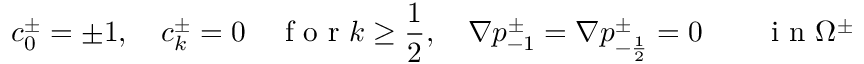
c _ { 0 } ^ { \pm } = \pm 1 , \quad c _ { k } ^ { \pm } = 0 \quad \mathrm { ~ f ~ o ~ r ~ } k \geq \frac 1 2 , \quad \nabla p _ { - 1 } ^ { \pm } = \nabla p _ { - \frac 1 2 } ^ { \pm } = 0 \qquad \mathrm { ~ i ~ n ~ } \Omega ^ { \pm }